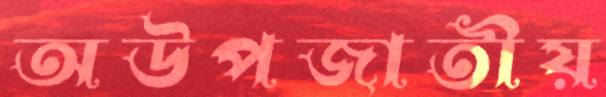
অউপজাতীয়